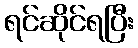
ရင်ဆိုင်ရပြီး